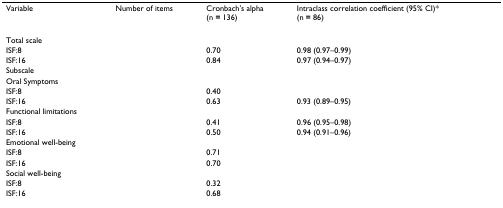
<table><thead><tr><td><b>Variable</b></td><td><b>Number of items</b></td><td><b>Cronbach's alpha(n = 136)</b></td><td><b>Intraclass correlation coefficient (95% CI)*(n = 86)</b></td></tr></thead><tbody><tr><td>Total scale</td><td>[EMPTY_CELL]</td><td>[EMPTY_CELL]</td><td>[EMPTY_CELL]</td></tr><tr><td>ISF:8</td><td>[EMPTY_CELL]</td><td>0.70</td><td>0.98 (0.97–0.99)</td></tr><tr><td>ISF:16</td><td>[EMPTY_CELL]</td><td>0.84</td><td>0.97 (0.94–0.97)</td></tr><tr><td>Subscale</td><td>[EMPTY_CELL]</td><td>[EMPTY_CELL]</td><td>[EMPTY_CELL]</td></tr><tr><td>Oral Symptoms</td><td>[EMPTY_CELL]</td><td>[EMPTY_CELL]</td><td>[EMPTY_CELL]</td></tr><tr><td>ISF:8</td><td>[EMPTY_CELL]</td><td>0.40</td><td>[EMPTY_CELL]</td></tr><tr><td>ISF:16</td><td>[EMPTY_CELL]</td><td>0.63</td><td>0.93 (0.89–0.95)</td></tr><tr><td>Functional limitations</td><td>[EMPTY_CELL]</td><td>[EMPTY_CELL]</td><td>[EMPTY_CELL]</td></tr><tr><td>ISF:8</td><td>[EMPTY_CELL]</td><td>0.41</td><td>0.96 (0.95–0.98)</td></tr><tr><td>ISF:16</td><td>[EMPTY_CELL]</td><td>0.50</td><td>0.94 (0.91–0.96)</td></tr><tr><td>Emotional well-being</td><td>[EMPTY_CELL]</td><td>[EMPTY_CELL]</td><td>[EMPTY_CELL]</td></tr><tr><td>ISF:8</td><td>[EMPTY_CELL]</td><td>0.71</td><td>[EMPTY_CELL]</td></tr><tr><td>ISF:16</td><td>[EMPTY_CELL]</td><td>0.70</td><td>[EMPTY_CELL]</td></tr><tr><td>Social well-being</td><td>[EMPTY_CELL]</td><td>[EMPTY_CELL]</td><td>[EMPTY_CELL]</td></tr><tr><td>ISF:8</td><td>[EMPTY_CELL]</td><td>0.32</td><td>[EMPTY_CELL]</td></tr><tr><td>ISF:16</td><td>[EMPTY_CELL]</td><td>0.68</td><td>[EMPTY_CELL]</td></tr></tbody></table>